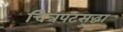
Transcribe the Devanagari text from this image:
चित्रपटसुद्धा